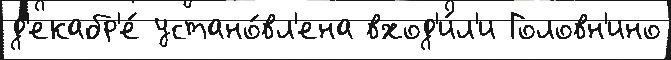
д'екабр'е́ устано́вл'ена вход'и́л'и Головн'ино